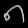
Digit: ၈